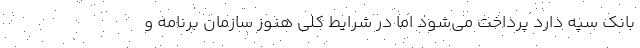
بانک سپه دارد پرداخت می‌شود اما در شرایط کلی هنوز سازمان برنامه و